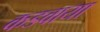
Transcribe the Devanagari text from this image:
कडवाया